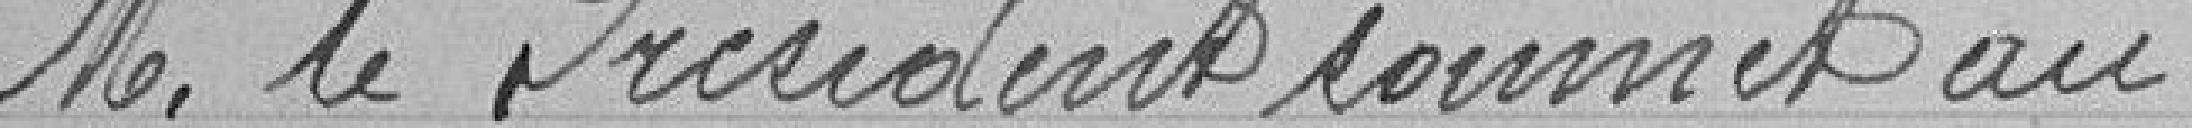
M. le Président soumet au